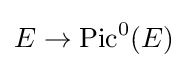
E\to \operatorname {Pic} ^{0}(E)